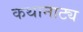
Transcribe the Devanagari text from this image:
कथानाट्य